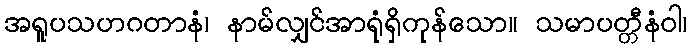
အရူပသဟဂတာနံ၊ နာမ်လျှင်အာရုံရှိကုန်သော။ သမာပတ္တီနံဝါ၊